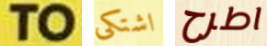
TO اشتكى اطرح